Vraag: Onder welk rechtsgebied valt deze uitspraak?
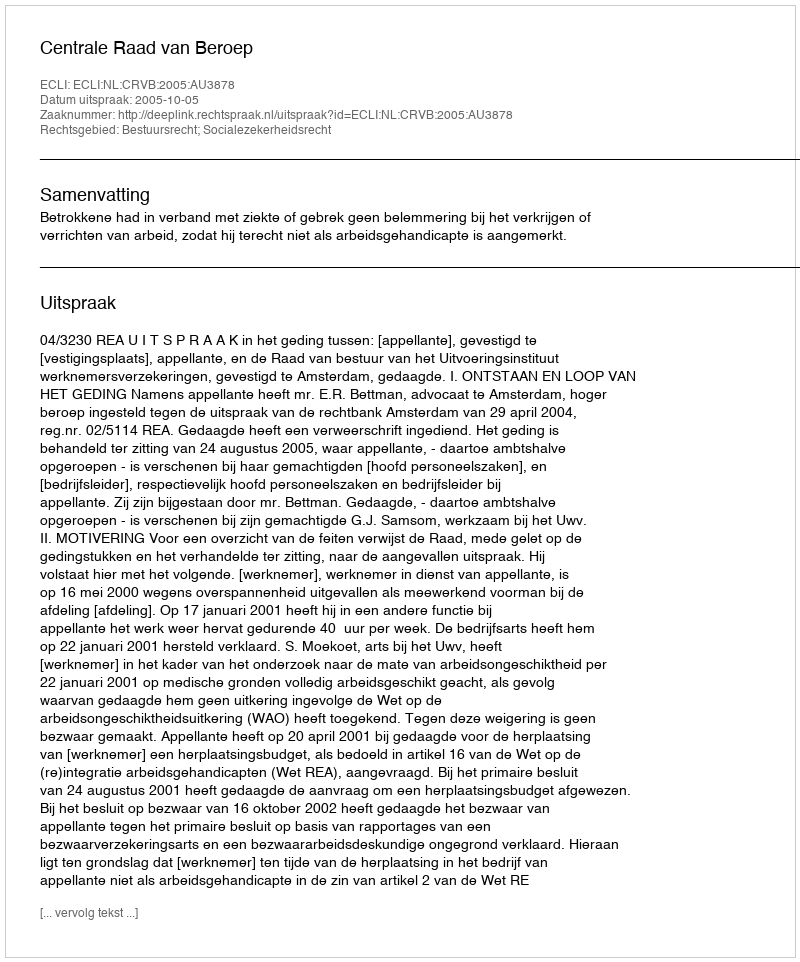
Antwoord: Bestuursrecht; Socialezekerheidsrecht